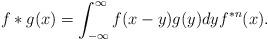
LaTeX: \begin{align*} f\ast g(x)=\int_{-\infty}^\infty f(x-y)g(y) d y f^{\ast n}(x) . \end{align*}